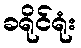
ခရိုင်ရုံး